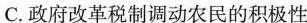
C.政府改革税制调动农民的积极性